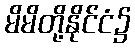
မိမိတို့နိုင်ငံ၌